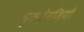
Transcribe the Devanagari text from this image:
फ़ुलजेनज़ियो